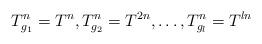
LaTeX: \begin{gather*}T_{g_1}^n=T^n, T_{g_2}^n=T^{2n}, \dotsc, T_{g_l}^n=T^{ln}\end{gather*}